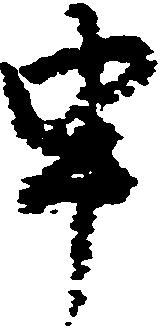
申